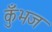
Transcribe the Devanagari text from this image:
कुँभज